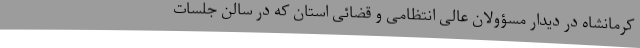
کرمانشاه در دیدار مسؤولان عالی انتظامی و قضائی استان که در سالن جلسات